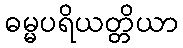
ဓမ္မပရိယတ္တိယာ